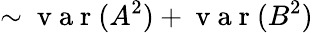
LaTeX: \sim\mathrm{~v~a~r~}(A^{2})+\mathrm{~v~a~r~}(B^{2})